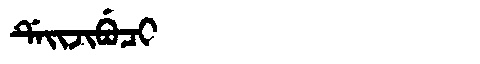
Manchu: ᡩᡝᡳᠵᡳᠪᡠᠴᡳ
Romanization: DEIJIBUCI